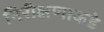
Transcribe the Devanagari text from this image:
निरीक्षणाकडे